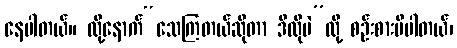
နေပါတယ်။ ထို့နောက်“သေကြတယ်ဆိုတာ ဒီလိုပဲ”လို့ စဉ်းစားမိပါတယ်၊